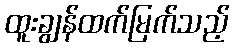
ထူးချွန်ထက်မြက်သည့်